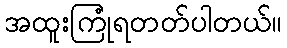
အထူးကြုံရတတ်ပါတယ်။